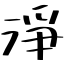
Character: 淨